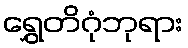
ရွှေတိဂုံဘုရား